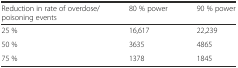
<table><thead><tr><td><b>Reduction in rate of overdose/poisoning events</b></td><td><b>80 % power</b></td><td><b>90 % power</b></td></tr></thead><tbody><tr><td>25 %</td><td>16,617</td><td>22,239</td></tr><tr><td>50 %</td><td>3635</td><td>4865</td></tr><tr><td>75 %</td><td>1378</td><td>1845</td></tr></tbody></table>